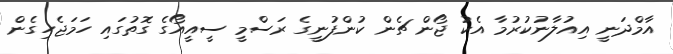
އާމްދަނީ އިއުލާނުކުރުމާ އެކު ޖޯން ޗެން ކުންފުނީގެ ރަސްމީ ސީއީއޯގެ ގޮތުގައި ހަމަޖެހިގެން